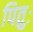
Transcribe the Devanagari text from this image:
पितुः